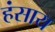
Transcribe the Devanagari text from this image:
हंसाय